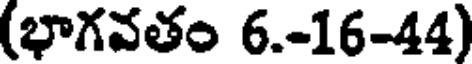
(భాగవతం 6.-16-44)